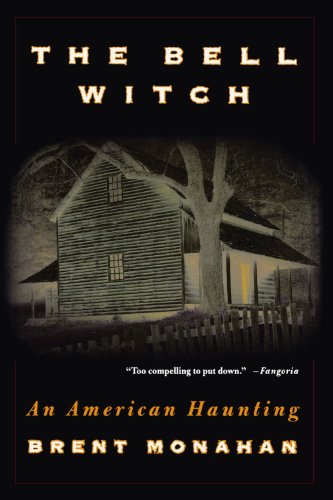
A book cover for The Bell Witch: An American Haunting; Brent Monahan; Mystery, Thriller & Suspense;